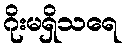
ဂိုးမရှိသရေ